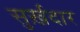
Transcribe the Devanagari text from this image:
सुर्ख़दार